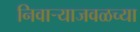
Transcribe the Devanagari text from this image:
निवाऱ्याजवळच्या